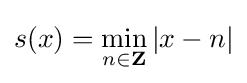
s(x)=\min _{n\in {\mathbf {Z} }}|x-n|